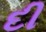
દી